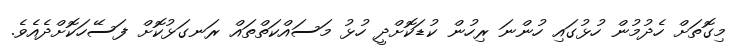
މިގޮތަށް ހެދުމުން ހުޅުގައި ހުންނަ ރިހުން ކުޑަކޮށްދީ ހުޅު މަސައްކަތްތައް ރަނގަޅުކޮށް ފަސޭހަކޮށްދެއެވެ.